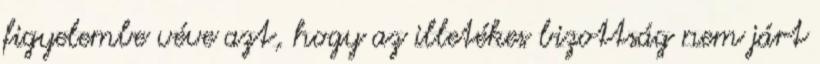
figyelembe véve azt, hogy az illetékes bizottság nem járt